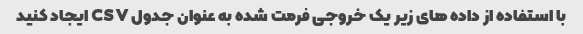
با استفاده از داده های زیر یک خروجی فرمت شده به عنوان جدول CSV ایجاد کنید